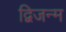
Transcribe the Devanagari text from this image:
द्विजन्‍म